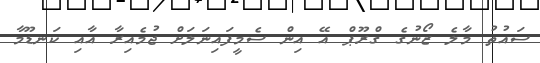
ސައުތު މާލެ ޒޯނުގެ ގްރޫޕް އޭ އިން ސެމީފައިނަލަށް ޖުމެއިރާ އާއި ކަނޑޫމާ